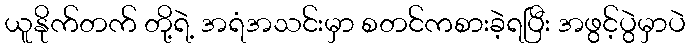
ယူနိုက်တက် တို့ရဲ့ အရံအသင်းမှာ စတင်ကစားခဲ့ရပြီး အဖွင့်ပွဲမှာပဲ